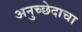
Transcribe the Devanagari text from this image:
अनुच्छेदाचा